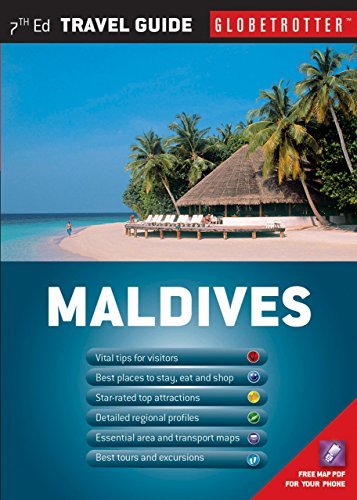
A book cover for By Stefania Lamberti Maldives Travel Pack (Globetrotter Travel Packs) (Revised Edition); Travel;